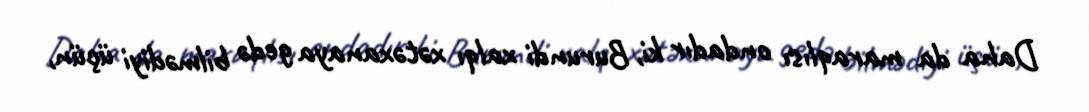
Daha da maraqlısı ondadır ki, Burundi xalqı xətəxanaya gedə bilmədiyi üçün,